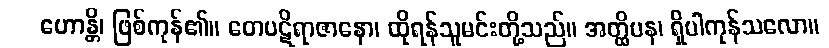
ဟောန္တိ၊ ဖြစ်ကုန်၏။ တေပဋိရာဇာနော၊ ထိုရန်သူမင်းတို့သည်။ အတ္ထိပန၊ ရှိပါကုန်သလော။